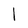
Character: l